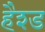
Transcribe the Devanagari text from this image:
हैश्ड